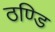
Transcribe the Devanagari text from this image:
ठण्डि